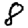
Digit: 8